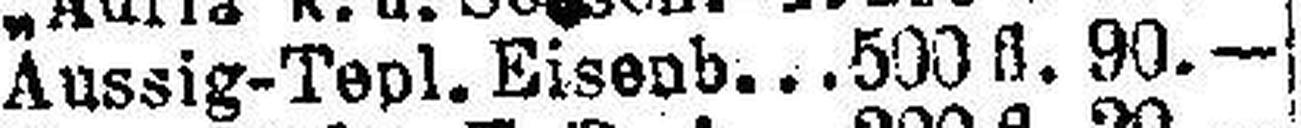
Aussig-Tepl. Eisenb. 590 fl. 90.—